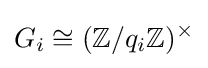
G_{i}\cong (\mathbb {Z} /q_{i}\mathbb {Z} )^{\times }